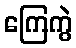
ကြေကွဲ